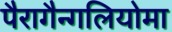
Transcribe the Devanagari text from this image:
पैरागैन्गलियोमा